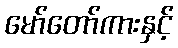
မော်တော်ကားနှင့်